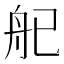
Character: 𬜒